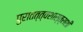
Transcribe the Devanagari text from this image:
पुरातत्त्वशास्त्राशी